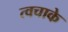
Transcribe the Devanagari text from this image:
त्वचाके